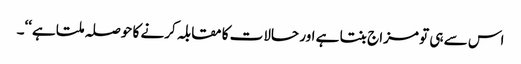
اس سے ہی تو مزاج بنتا ہے اور حالات کا مقابلہ کرنے کا حوصلہ ملتا ہے‘‘۔